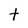
Character: t